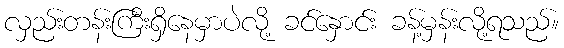
လှည်းတန်းကြီးရှိနေမှာပဲလို့ ခင်နှောင်း ခန့်မှန်းလို့ရသည်။